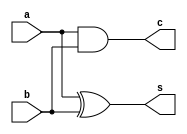
module half_add_data(a,b,c,s);
input a,b;
output c,s;
assign c = a&b;
assign s = a^b;
endmodule